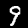
Digit: 9